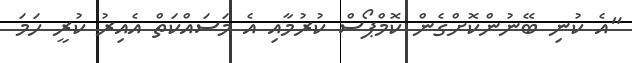
"އެ ކުނި ބޭނުންކޮށްގެން ކޮމްޕޯސް ކުރުމާއި އެ މަސައްކަތް އެއިރު ކުރީ ހަމަ